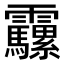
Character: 𩇍